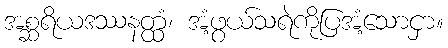
အစ္ဆရိယဒဿနတ္ထံ၊ အံ့ဖွယ်သရဲကိုပြအံ့သောငှာ။